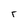
Character: r